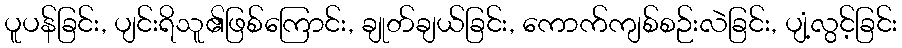
ပူပန်ခြင်း, ပျင်းရိသူ၏ဖြစ်ကြောင်း, ချုတ်ချယ်ခြင်း, ကောက်ကျစ်စဉ်းလဲခြင်း, ပျံ့လွင့်ခြင်း